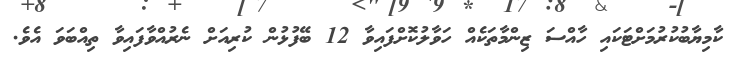
ކާމިޔާބުކުރުމަށްޓަކައި ހާއްސަ ޒިންމާތަކެއް ހަވާލުކޮށްފައިވާ 12 ބޭފުޅުން ކުރިއަށް ނެރުއްވާފައިވާ ތިއްބަވަ އެވެ.